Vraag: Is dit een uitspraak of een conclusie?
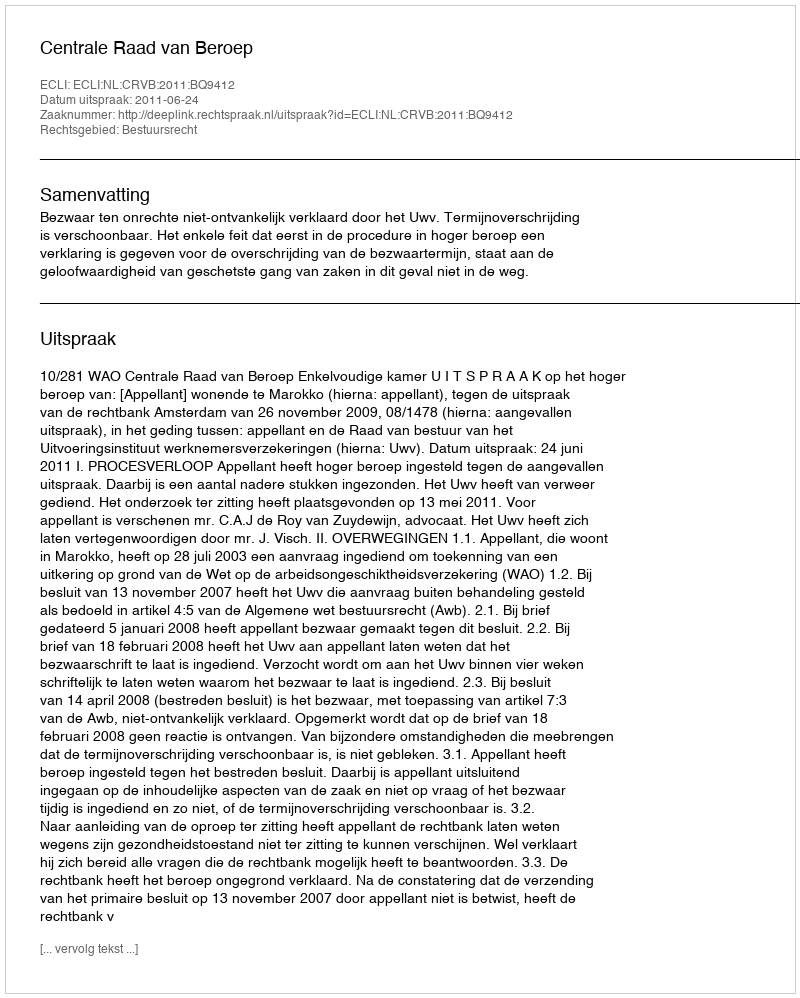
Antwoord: Uitspraak